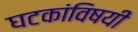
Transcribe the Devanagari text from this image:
घटकांविषयी